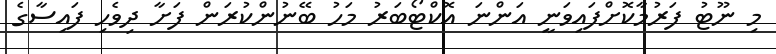
މި ނޫޓު ފަރުމާކޮށްފައިވަނީ އަންނަ އޮކްޓޯބަރު މަހު ބޭނުންކުރަން ފަށާ ދިވެހި ފައިސާގެ